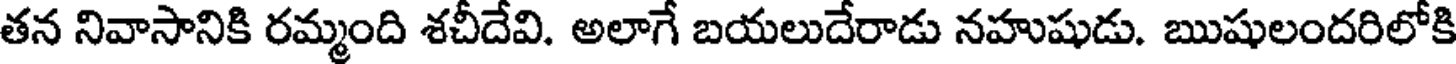
తన నివాసానికి రమ్మంది శచీదేవి. అలాగే బయలుదేరాడు నహుషుడు. ఋషులందరిలోకి